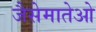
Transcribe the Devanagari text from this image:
जैसेमातेओ